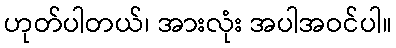
ဟုတ်ပါတယ်၊ အားလုံး အပါအဝင်ပါ။